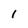
Character: 1